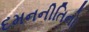
દમનનીતિનો